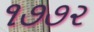
૧૭૭૨